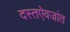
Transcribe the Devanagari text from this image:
दस्तऐवजांत